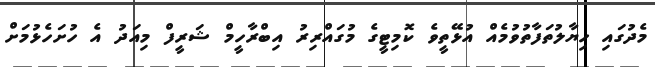
މެދުގައި ހިޔާލުތަފާތުވުމެއް އުޅޭތީވެ ކޮމިޓީގެ މުގައްރިރު އިބްރާހީމް ޝަރީފް މިއަދު އެ ހުށަހެޅުމަށް